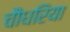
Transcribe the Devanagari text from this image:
चौधरिया